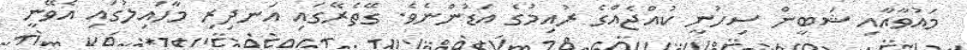
މައުވާއާއި ޝަބީން ސިހުނީ ކުއްޖެއްގެ ރުއިމުގެ އަޑުންނެވެ. ގޭތެރޭގައި އަނދިރި މާހައިލުގައި އެވޭނީ